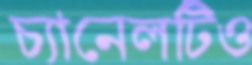
চ্যানেলটিও